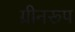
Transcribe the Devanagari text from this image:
ग्रीनरूप